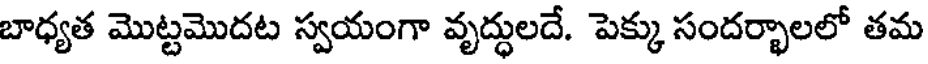
బాధ్యత మొట్టమొదట స్వయంగా వృద్ధులదే. పెక్కు సందర్భాలలో తమ